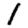
Digit: 1